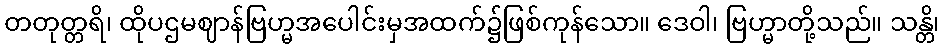
တတုတ္တရိ၊ ထိုပဌမဈာန်ဗြဟ္မအပေါင်းမှအထက်၌ဖြစ်ကုန်သော။ ဒေဝါ၊ ဗြဟ္မာတို့သည်။ သန္တိ၊